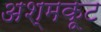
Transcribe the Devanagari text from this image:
अश्मकूट